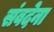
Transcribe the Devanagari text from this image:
संवदेना